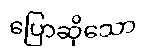
ပြောဆိုသော